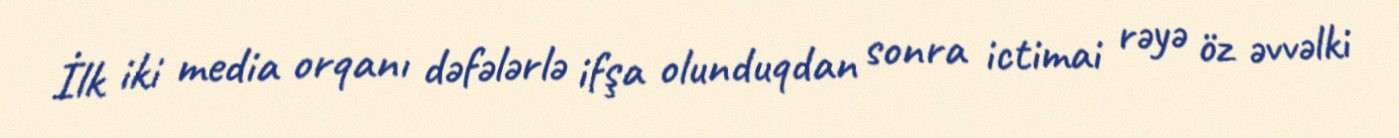
İlk iki media orqanı dəfələrlə ifşa olunduqdan sonra ictimai rəyə öz əvvəlki